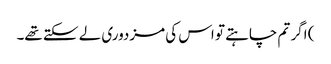
) اگر تم چاہتے تو اس کی مزدوری لے سکتے تھے۔